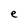
Character: e